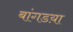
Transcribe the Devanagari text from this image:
बांगडय़ा